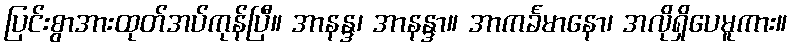
ပြင်းစွာအားထုတ်အပ်ကုန်ပြီ။ အာနန္ဒ၊ အာနန္ဒာ။ အာကင်္ခမာနော၊ အလိုရှိပေမူကား။